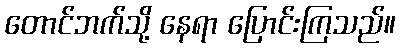
တောင်ဘက်သို့ နေရာ ပြောင်းကြသည်။